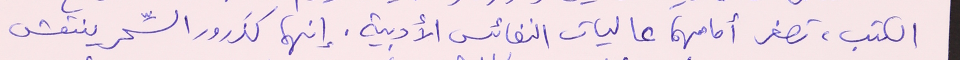
الكتب، تصغر أمامهما عاليات النفائس الأدبية. إنهما كذَرور السِّحر ينتعش